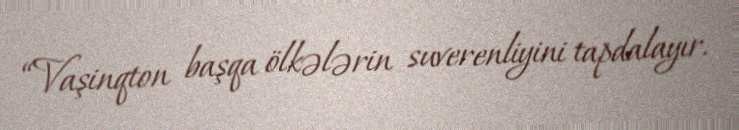
“Vaşinqton başqa ölkələrin suverenliyini tapdalayır.